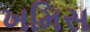
ખમિસ